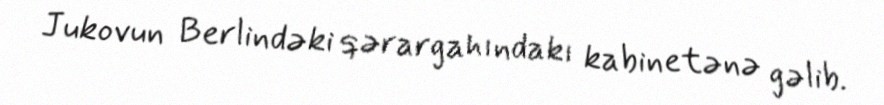
Jukovun Berlindəki qərargahındakı kabinetənə gəlib.